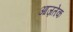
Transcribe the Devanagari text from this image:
आज़तेक